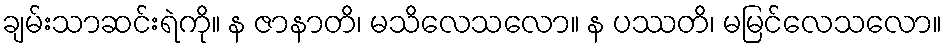
ချမ်းသာဆင်းရဲကို။ န ဇာနာတိ၊ မသိလေသလော။ န ပဿတိ၊ မမြင်လေသလော။